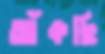
আঁকছি